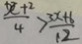
\frac { x + 2 } { 4 } > \frac { 3 x + 6 } { 1 2 }